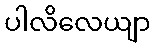
ပါလိလေယျာ